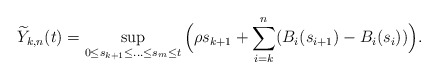
\begin{align*}\widetilde{Y}_{k,n}(t)=\sup_{0\leq s_{k+1}\leq \ldots\leq s_m\leq t}\Big(\rho s_{k+1}+\sum_{i=k}^n (B_i(s_{i+1})-B_i(s_i))\Big).\end{align*}